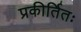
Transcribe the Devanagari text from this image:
प्रकीर्तितः